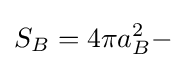
S_{B}=4\pi a_{B}^{2}-\